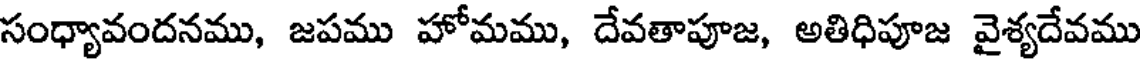
సంధ్యావందనము, జపము హోమము, దేవతాపూజ, అతిధిపూజ వైశ్యదేవము